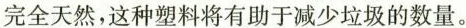
完全天然,这种塑料将有助于减少垃圾的数量。